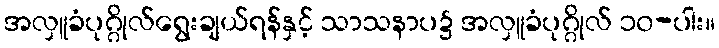
အလှူခံပုဂ္ဂိုလ်ရွေးချယ်ရန်နှင့် သာသနာပ၌ အလှူခံပုဂ္ဂိုလ် ၁၀-ပါး။